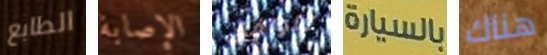
الطابع الإصابة تتوافق بالسيارة هناك